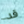
قد